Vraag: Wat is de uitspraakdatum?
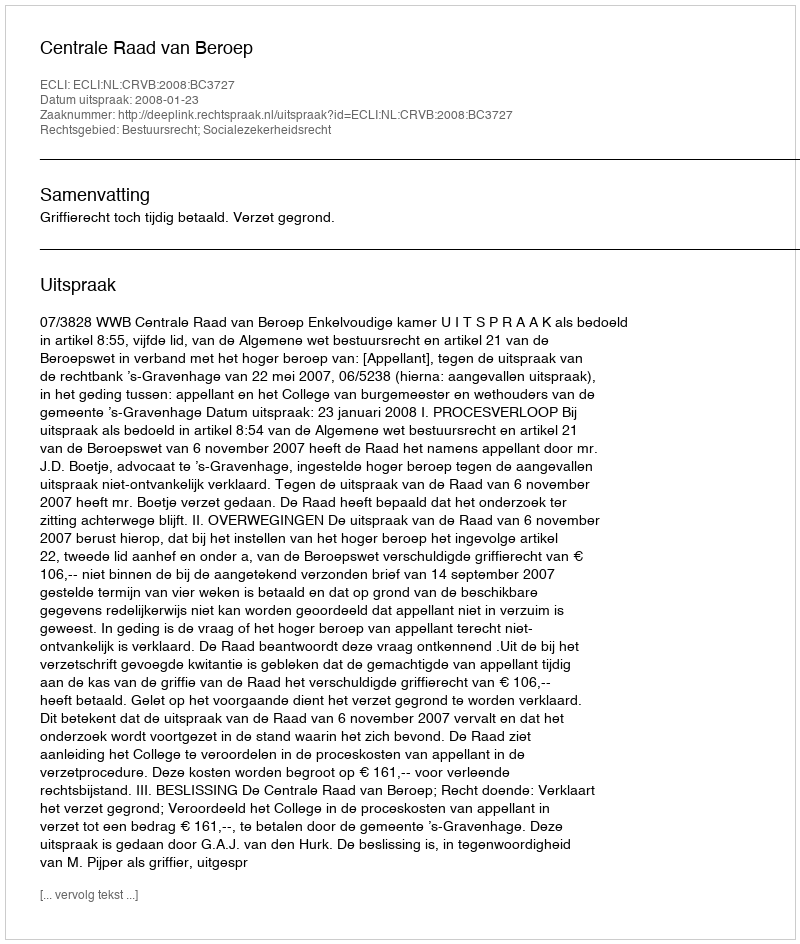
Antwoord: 2008-01-23